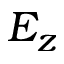
E _ { z }